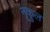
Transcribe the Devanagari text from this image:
नृकुल